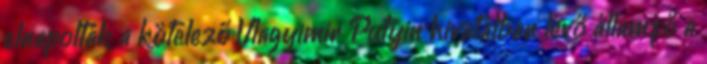
elnapolták a kötelező Vlagyimir Putyin hivatalban lévő államfő a